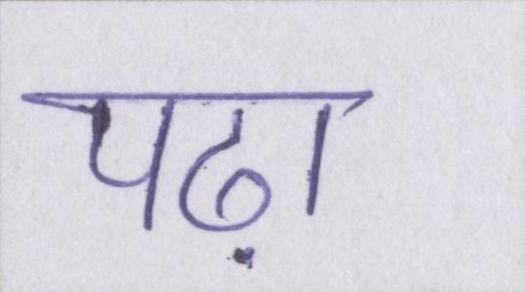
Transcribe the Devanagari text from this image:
पढ़ा